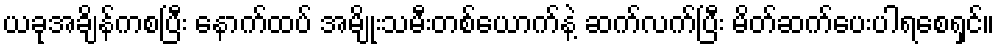
ယခုအချိန်ကစပြီး နောက်ထပ် အမျိုးသမီးတစ်ယောက်နဲ့ ဆက်လက်ပြီး မိတ်ဆက်ပေးပါရစေရှင်။